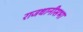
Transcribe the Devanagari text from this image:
राजधानीसभा